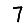
Digit: 7